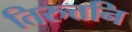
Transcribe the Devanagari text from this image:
तिरुत्तनि